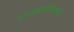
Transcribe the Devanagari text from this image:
आठवणींविषयी